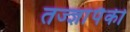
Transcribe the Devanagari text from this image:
तज्‍ज्ञांपैकी